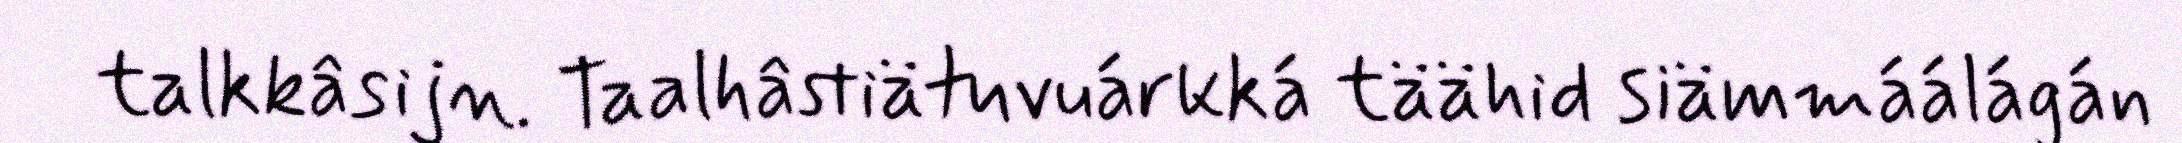
talkkâsijn. Taalhâstiätuvuárkká täähid siämmáálágán